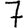
Digit: 7